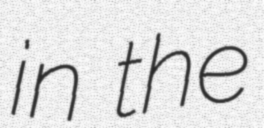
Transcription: in the